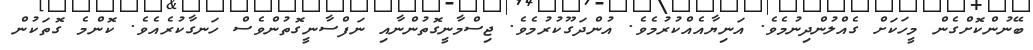
ބޭނުންކޮށްގެން މީހަކަށް ގެއްލުންދިނުމެވެ. އަނިޔާއެއްކުރުމެވެ. އުންދަގޫކުރުމެވެ. ޖިސްމާނީގޮތުންނާއި ނަފްސާނީގޮތުންވެސް ހަނގާކުރެއެވެ. ކޮންމެ ގޮތަކުން